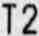
T2